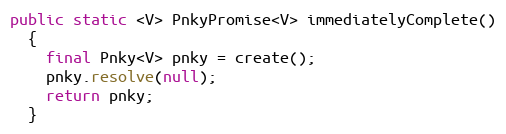
Language: Java
public static <V> PnkyPromise<V> immediatelyComplete()
  {
    final Pnky<V> pnky = create();
    pnky.resolve(null);
    return pnky;
  }